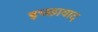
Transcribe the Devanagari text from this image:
इच्छावाद